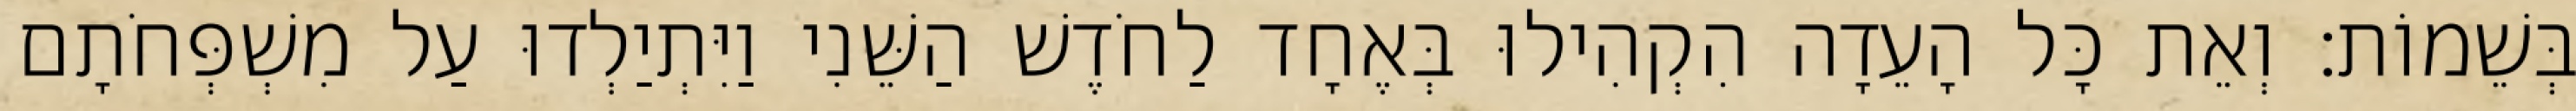
בְּשֵׁמוֹת׃ וְאֵת כָּל הָעֵדָה הִקְהִילוּ בְּאֶחָד לַחֹדֶשׁ הַשֵּׁנִי וַיִּתְיַלְדוּ עַל מִשְׁפְּחֹתָם